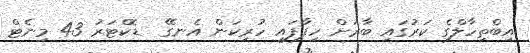
އިބްތިހާލްގެ ކަރުގައި ބާރަށް ހިފާފައި ހުރިކަން އެނގޭ  ޑޮކްޓަރު 43 މިނެޓް